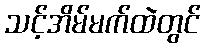
သင့်အိမ်မက်ထဲတွင်